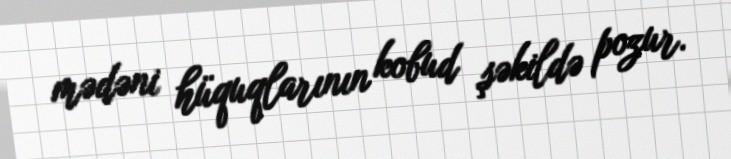
mədəni hüquqlarının kobud şəkildə pozur.